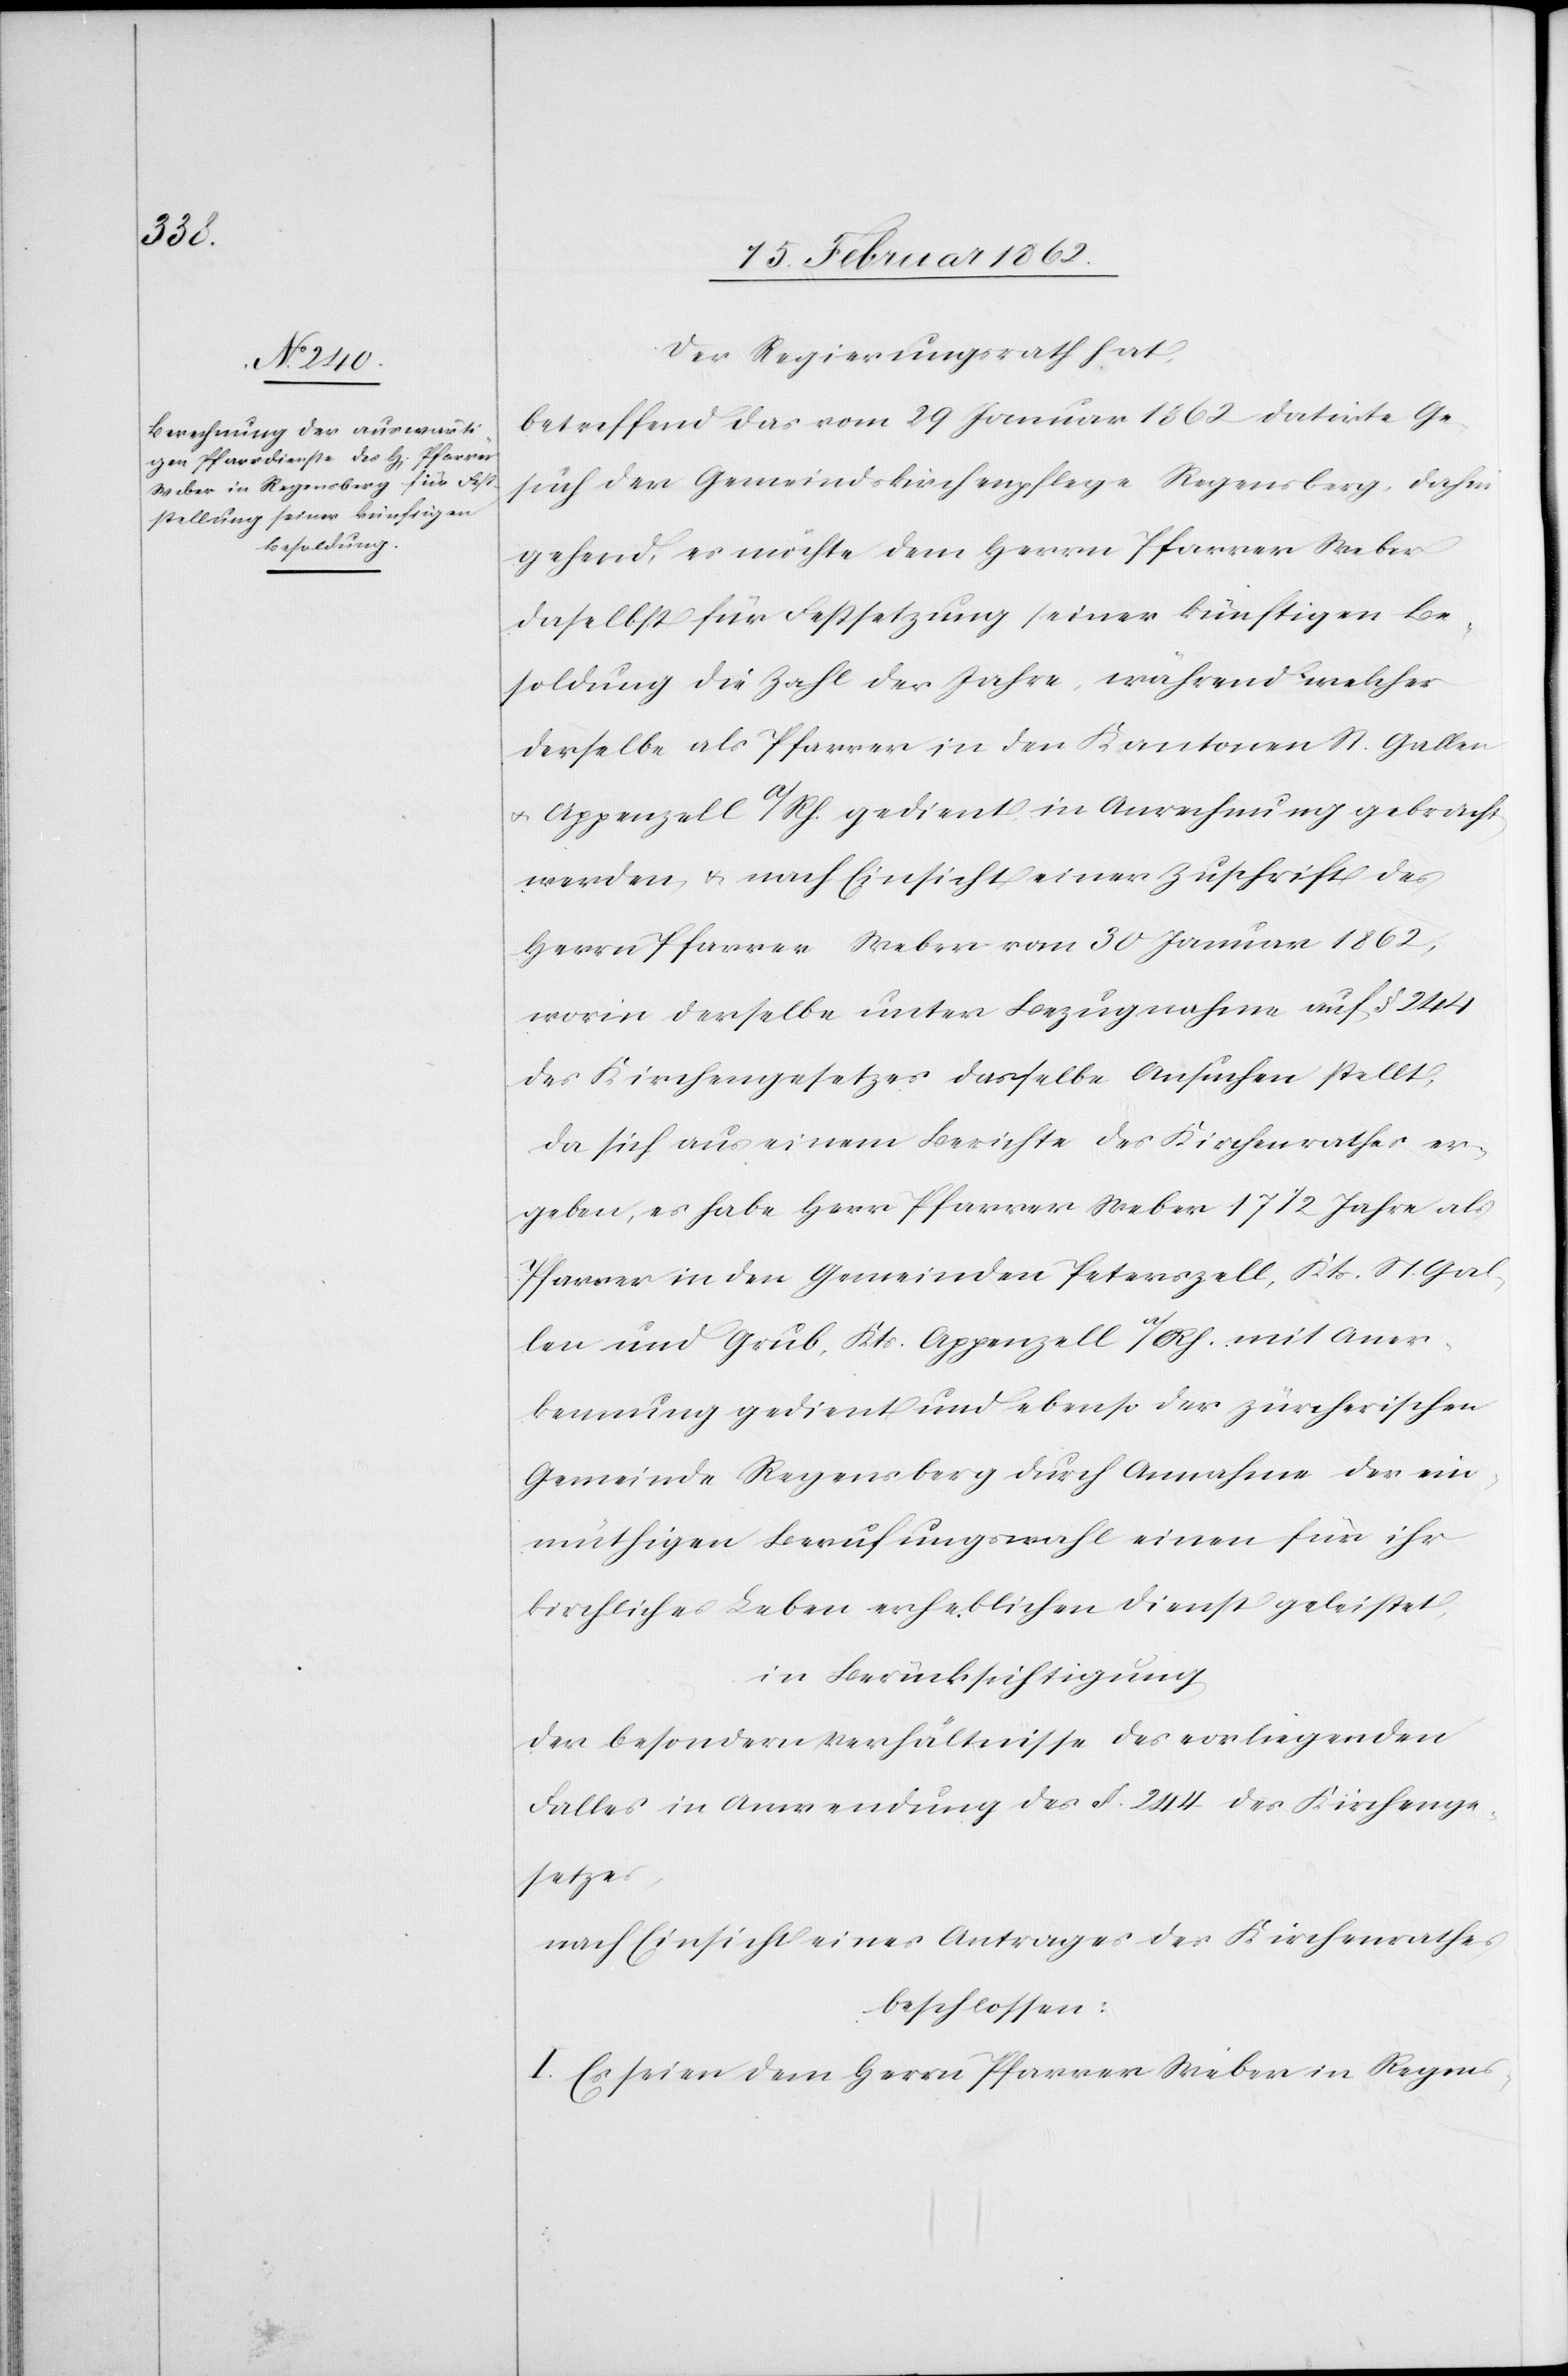
Der Regierungsrath hat,
betreffend das vom 29 Januar 1862 datirte Ge¬
such der Gemeindskirchenpflege Regensberg, dahin¬
gehend, es möchte dem Herrn Pfarrer Weber
daselbst für Festsetzung seiner künftigen Be¬
soldung die Zahl der Jahre, während welcher
derselbe als Pfarrer in den Kantonen St. Gallen
u. Appenzell a/Rh. gedient in Anrechnung gebracht
werden u. nach Einsicht einer Zuschrift des
Herrn Pfarrer Weber vom 30 Januar 1862,
worin derselbe unter Bezugnahme auf § 244
des Kirchengesetzes dasselbe Ansuchen stellt,
da sich aus einem Berichte des Kirchenrathes er¬
geben, es habe Herr Pfarrer Weber 17 ½ Jahre als
Pfarrer in den Gemeinden Peterzell, Kts. St. Gal¬
len und Grub, Kts. Appenzell a/Rh. mit Aner¬
kennung gedient und ebenso der zürcherischen
Gemeinde Regensberg durch Annahme der ein¬
müthigen Berufungswahl einen für ihr
kirchliches Leben erheblichen Dienst geleistet,
in Berücksichtigung
der besondern Verhältnisse des vorliegenden
Falles in Anwendung des §. 244 des Kirchenge¬
setzes,
nach Einsicht eines Antrages des Kirchenrathes
beschlossen:
I. Es seien dem Herrn Pfarrer Weber in Regens-